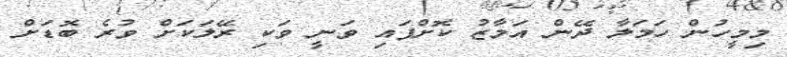
މިމީހުން ހަމަލާ ދޭން އަމާޒު ކޮށްފައި ވަނީ ވަކި ރޭލަކަށް ވުރެ ބޮޑަށް